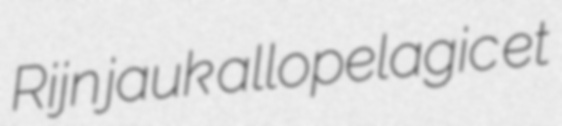
Rijn jauk allopelagic et